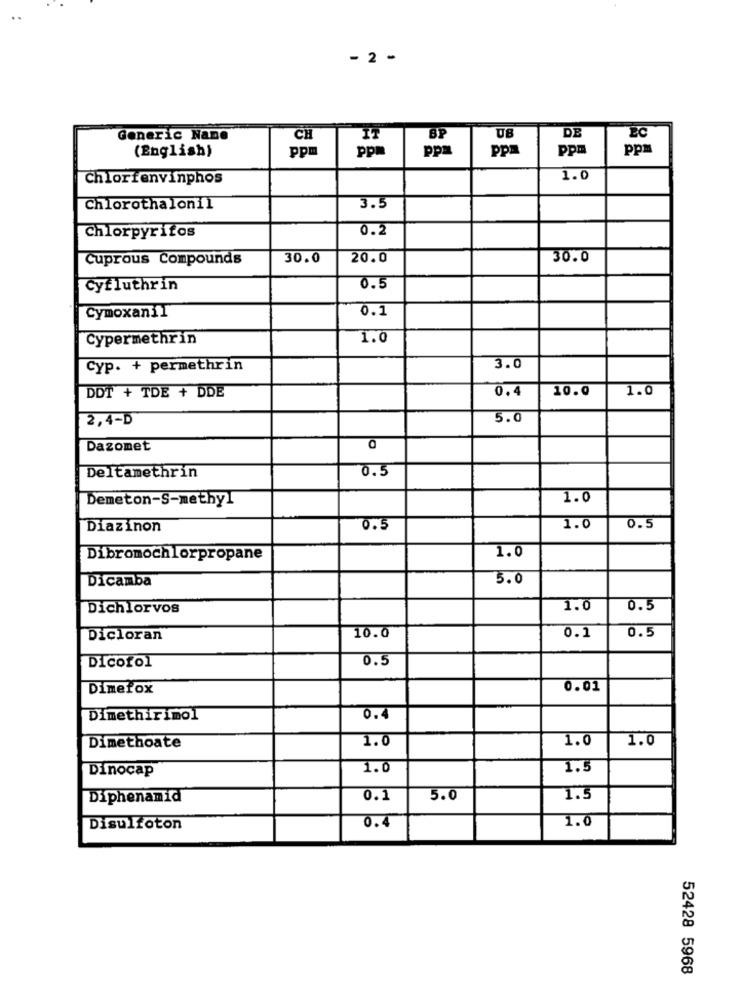
- 2 -
DE
Generic Name
CH
IT
BP
UB
(English)
ppm
ppm
ppa
ppa
ppm
pp
Chlorfenvinphos
1.0
Chlorothalon11
3.5
0.2
Chlorpyrifos
Cuprous Compounds
30.0
20.0
30.0
Cyfluthrin
0.5
0.1
Cymoxanil
Cypermethrin
1.0
Cyp. + permethrin
3.0
0.4
10.0
1.0
DDT + TDE + DDE
2,4-D
5.0
Dazomet
0.5
Deltamethrin
Demeton-S-methyl
1.0
Diazinon
0.5
1.0
0.5
1.0
Dibromochlorpropane
Dicamba
5.0
Dichlorvos
1.0
0.5
Dicloran
10.0
0.1
0.5
Dicofol
0.5
Dimefox
0.01
Dimethirimol
0.4
1.0
1.0
1.0
Dimethoate
Dinocap
1.0
1.5
Diphenamid
0.1
5.0
1.5
0.4
1.0
Disulfoton
52428 5968